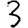
Digit: 3